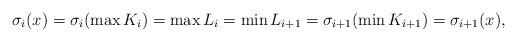
LaTeX: \begin{align*}\sigma_i(x)=\sigma_i(\max K_i)=\max L_i=\min L_{i+1}=\sigma_{i+1}(\min K_{i+1})=\sigma_{i+1}(x),\end{align*}